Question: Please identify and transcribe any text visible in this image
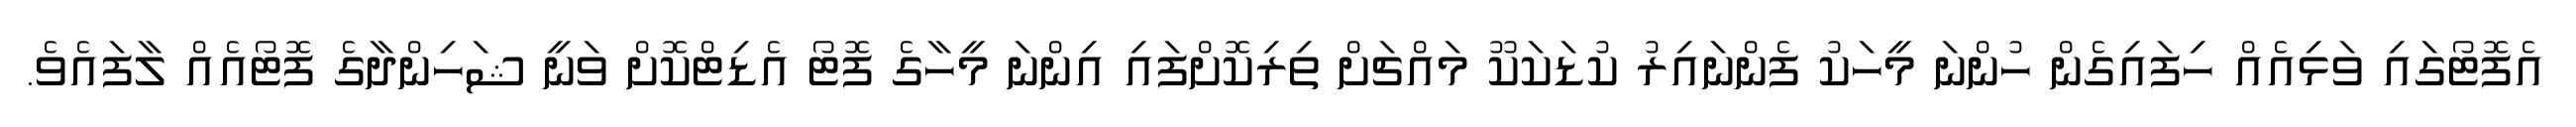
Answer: އެފޮޓޯގައި ވަޅިއެއް ހިފައިގެން ހުންނަ މީހަކު ފެންނައިރު ކުޑަކަކޫ މައްޗަށް ތިރިކޮށްފައި އިންނަ މީހާގެ ފޮޓޯ އެޑިޓްކޮށް ވަނީ ޝަހިންދާގެ ފޮޓޯއެއް ލާފައެވެ.